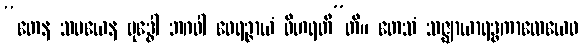
“တေန သမယေန ဗုဒ္ဓေါ ဘဂဝါ ဝေရဉ္ဇာယံ ဝိဟရတီ”တိ။ တေသံ သဇ္ဈာယာရဒ္ဓကာလေယေဝ